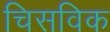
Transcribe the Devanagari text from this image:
चिसविक